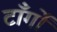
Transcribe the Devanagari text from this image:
टाँर्गों